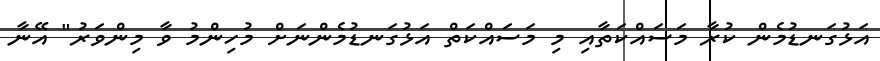
އަޅުގަނޑުމެން ކުރާ މަސައްކަތާއި މި މަސައްކަތް އަޅުގަނޑުމެންނަށް މުހިންމު ވާ މިންވަރު" އޭނާ